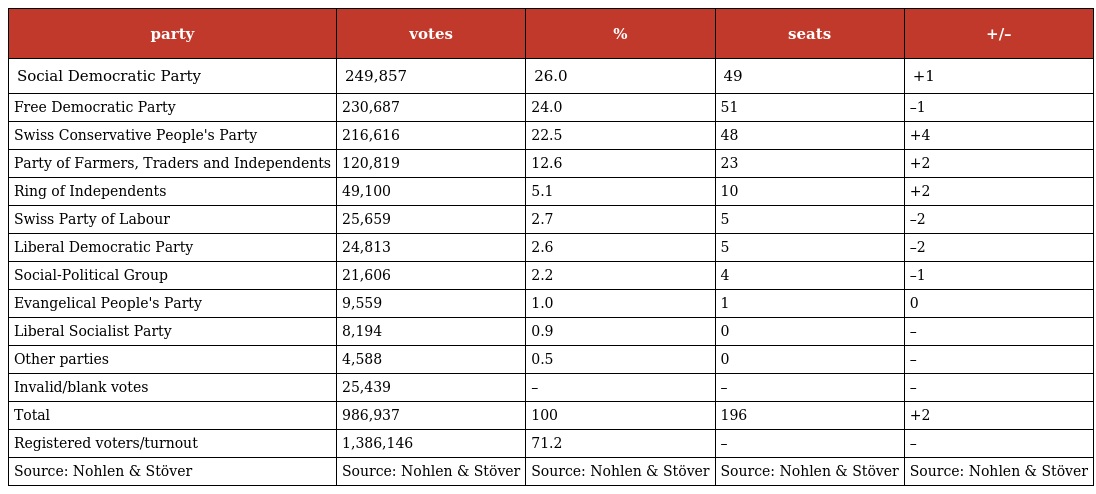
| party | votes | % | seats | +/– |
 | --- | --- | --- | --- | --- |
 | Social Democratic Party | 249,857 | 26.0 | 49 | +1 |
 | Free Democratic Party | 230,687 | 24.0 | 51 | –1 |
 | Swiss Conservative People's Party | 216,616 | 22.5 | 48 | +4 |
 | Party of Farmers, Traders and Independents | 120,819 | 12.6 | 23 | +2 |
 | Ring of Independents | 49,100 | 5.1 | 10 | +2 |
 | Swiss Party of Labour | 25,659 | 2.7 | 5 | –2 |
 | Liberal Democratic Party | 24,813 | 2.6 | 5 | –2 |
 | Social-Political Group | 21,606 | 2.2 | 4 | –1 |
 | Evangelical People's Party | 9,559 | 1.0 | 1 | 0 |
 | Liberal Socialist Party | 8,194 | 0.9 | 0 | – |
 | Other parties | 4,588 | 0.5 | 0 | – |
 | Invalid/blank votes | 25,439 | – | – | – |
 | Total | 986,937 | 100 | 196 | +2 |
 | Registered voters/turnout | 1,386,146 | 71.2 | – | – |
 | Source: Nohlen & Stöver | Source: Nohlen & Stöver | Source: Nohlen & Stöver | Source: Nohlen & Stöver | Source: Nohlen & Stöver |